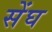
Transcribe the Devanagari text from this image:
सेंघ